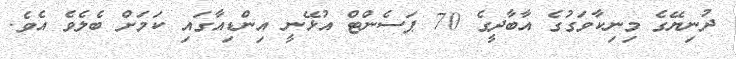
ދުނިޔޭގެ މިނިކާވަގުގެ އާބާދީގެ 70 ޕަސެންޓް އުޅޭނީ އިންޑިއާގައި ކަމަށް ބެލެވެ އެވެ.